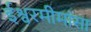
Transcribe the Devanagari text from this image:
ईश्वरमीमांसा